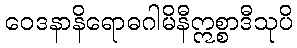
ဝေဒနာနိရောဓဂါမိနီဣစ္စာဒီသုပိ